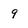
Character: 9